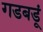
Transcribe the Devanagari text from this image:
गडबडूं